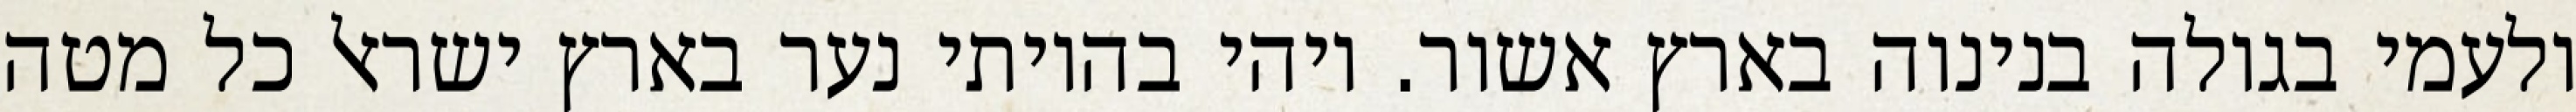
ולעמי בגולה בנינוה בארץ אשור. ויהי בהיותי נער בארץ ישראל כל מטה